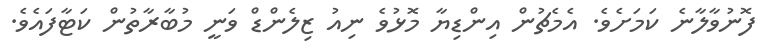
ފޮނުވާލާނެ ކަމަށެވެ. އެމެޗުން އިންޑިޔާ މޮޅުވެ ނިއު ޒިލެންޑް ވަނީ މުބާރާތުން ކަޓާފައެވެ.